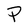
Character: P